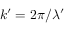
k ^ { \prime } = 2 \pi / \lambda ^ { \prime }